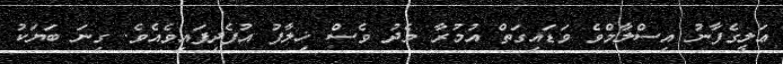
ޢަލީގެފާނު އިސްލާމްވެ ވަޑައިގަތް އުމުރާ މެދު ވެސް ޚިލާފު އުފެދިފައިވެއެވެ. ގިނަ ބަޔަކު